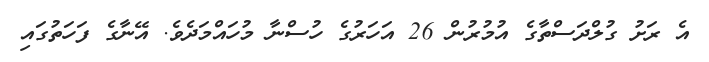
އެ ރަށު ގުލްދަސްތާގެ އުމުރުން 26 އަހަރުގެ ހުސްނާ މުހައްމަދެވެ. އޭނާގެ ފަހަތުގައި